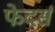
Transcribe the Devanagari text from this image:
फेदर्स